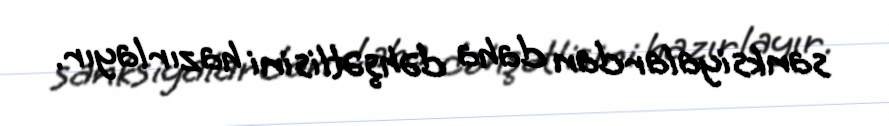
sanksiyalardan daha dəhşətlisini hazırlayır.